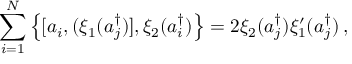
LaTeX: \sum _ { i = 1 } ^ { N } \left\{ [ a _ { i } , ( \xi _ { 1 } ( a _ { j } ^ { \dagger } ) ] , \xi _ { 2 } ( a _ { i } ^ { \dagger } ) \right\} = 2 \xi _ { 2 } ( a _ { j } ^ { \dagger } ) \xi _ { 1 } ^ { \prime } ( a _ { j } ^ { \dagger } ) \, ,